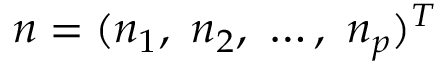
n = ( n _ { 1 } , \ n _ { 2 } , \ \ldots , \ n _ { p } ) ^ { T }